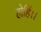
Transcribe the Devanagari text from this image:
होहिं।।